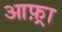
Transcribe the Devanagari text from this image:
आफ़्रा